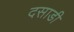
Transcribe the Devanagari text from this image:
दसाडी